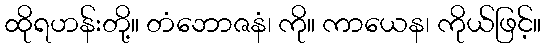
ထိုရဟန်းတို့။ တံဘောဇနံ၊ ကို။ ကာယေန၊ ကိုယ်ဖြင့်။